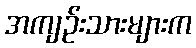
အကျဉ်းသားများက